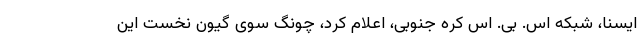
ایسنا، شبکه اس. بی. اس کره جنوبی، اعلام کرد، چونگ سوی گیون نخست این